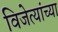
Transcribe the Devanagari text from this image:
विजेत्यांच्या